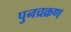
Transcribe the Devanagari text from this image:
पुनच्रक्रण